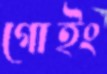
গোইং